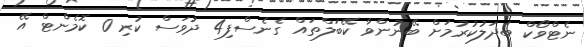
ނެޓްވޯކް ބަދަލުކުރުމަށް ބޭނުންވާ ކޭބަލްތައް ގެނެސްފި4 ދުވަސް ކުރި 0 ކޮމެންޓް އޭ